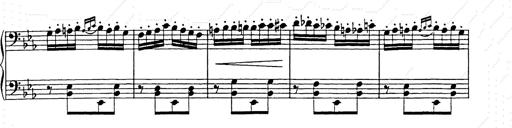
Title: Hungarian Rhapsody No.9
Composer: Franz Liszt
Key: E-flat major